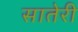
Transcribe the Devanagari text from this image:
सातेरी